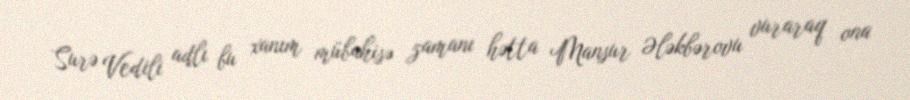
Surə Vedili adlı bu xanım mübahisə zamanı hətta Mansur Ələkbərovu vuraraq ona